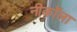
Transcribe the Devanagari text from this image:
नीकॉला